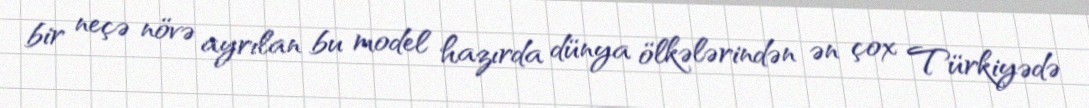
bir neçə növə ayrılan bu model hazırda dünya ölkələrindən ən çox Türkiyədə